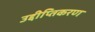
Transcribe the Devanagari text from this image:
उद्दीप्तिकरण